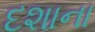
દશાના